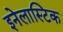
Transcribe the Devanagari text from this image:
इनेलास्टिक